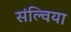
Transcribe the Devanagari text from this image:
संल्विया